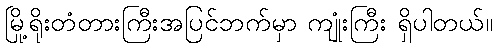
မြို့ရိုးတံတားကြီးအပြင်ဘက်မှာ ကျုံးကြီး ရှိပါတယ်။